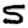
Digit: 5